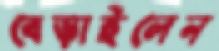
বেড়াইলেন